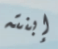
إبنته